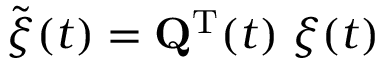
\widetilde { { \boldsymbol \xi } } ( t ) = { \mathbf Q } ^ { { \mathrm T } } ( t ) \; { \boldsymbol \xi } ( t )